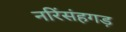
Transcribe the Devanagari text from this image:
नरिंसंहगड़